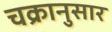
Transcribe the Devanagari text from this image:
चक्रानुसार